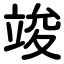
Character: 竣